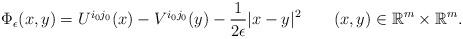
LaTeX: \begin{align*}\begin{array}{ll}\Phi_{\epsilon}(x,y)=U^{i_0j_0}(x)-V^{i_0j_0}(y)-\displaystyle\frac{1}{2\epsilon}|x-y|^{2}\qquad(x,y)\in\mathbb{R}^m\times\mathbb{R}^m.\end{array}\end{align*}